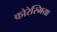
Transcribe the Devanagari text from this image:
कोरेस्मिया